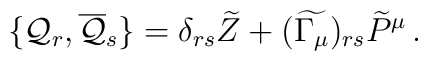
\{ {\cal{Q}}_r , \overline{{\cal{Q}}}_s \} = \delta_{rs} \widetilde{Z} +  (\widetilde{\Gamma_\mu})_{rs} \widetilde{P}^\mu \,  .